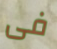
فى